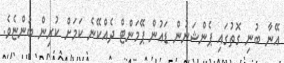
އޭނާ ބުނި ގޮތުގައި ޕެންޝަނުން ޑައުން ޕޭމަންޓް ދެއްކޭނެ ކަމަށް ކުރިން ބުންޏެވެ.